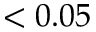
< 0 . 0 5